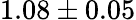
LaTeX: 1.08\pm 0.05